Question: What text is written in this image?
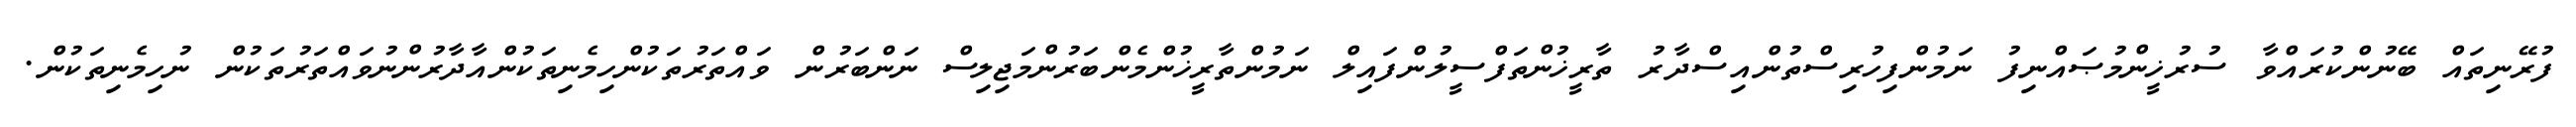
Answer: ފުރޭނިތައް ބޭނުންކުރައްވާ ސުރުޚީންމުޞައްނިފު ނަމުންފިހުރިސްތުންއިސްދާރު ތާރީޚުންތަފްސީލުންފައިލް ނަމުންތާރީޚުންމެންބަރުންމަޖިލިސް ނަންބަރުން ވައްތަރުތަކުންހިމެނިތަކުންއާދާރުންނުވައްތަރުތަކުން ނުހިމެނިތަކުން.